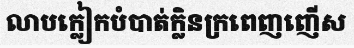
លាបក្លៀកបំបាត់ក្លិនក្រពេញញើស